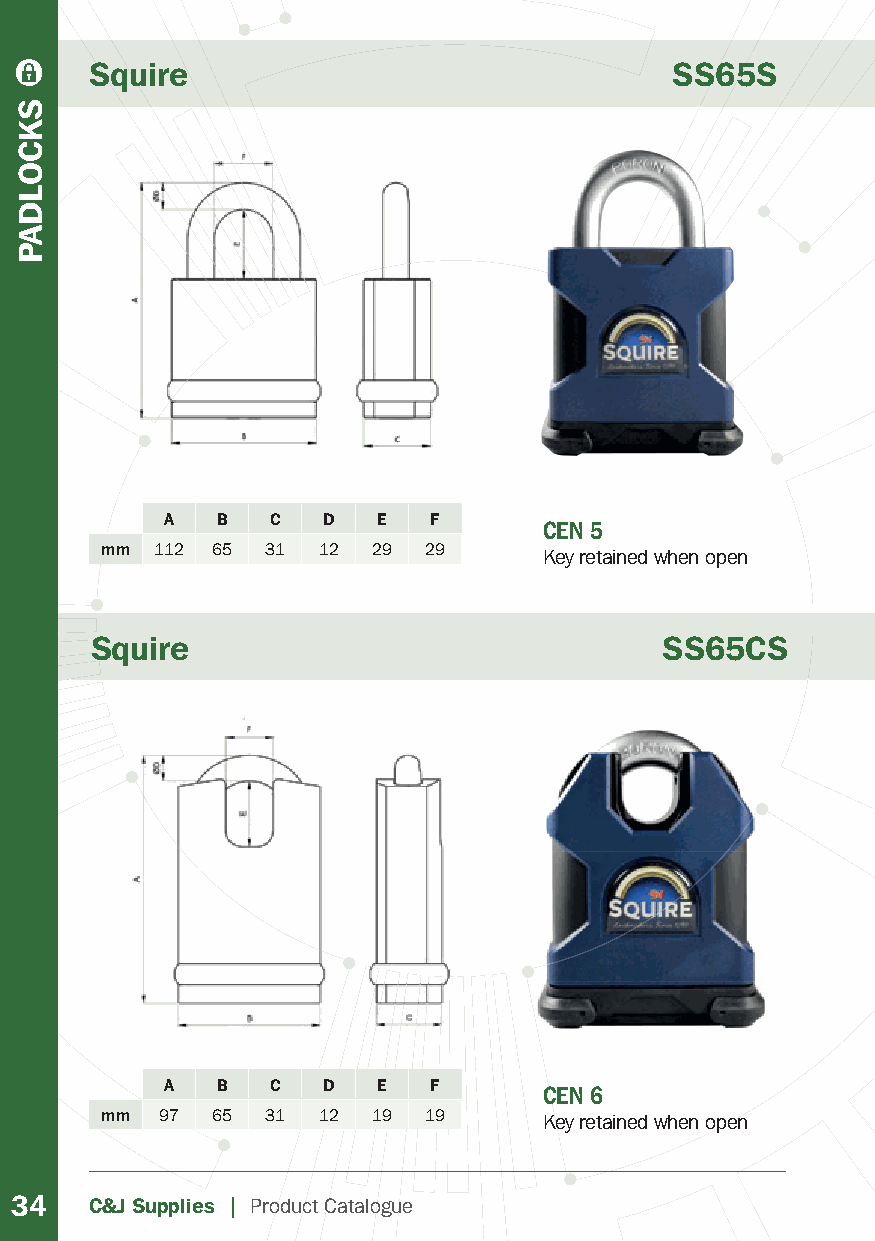
Squire                                SS65S
 A  B   C  D   E  F
 CEN 5
 mm 112 65  31 12  29 29      Key retained when open
 Squire                                SS65CS
 A  B   C  D   E  F
 CEN 6
 mm  97 65  31 12  19 19      Key retained when open
 34   C&J Supplies | Product Catalogue
 SKCOLDAP